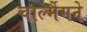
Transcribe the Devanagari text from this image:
चार्ल्मैगने